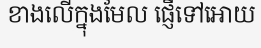
ខាងលើក្នុងមែល ផ្ញើទៅអោយ